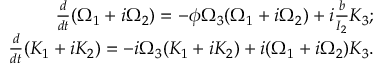
\begin{array} { r } { \frac { d } { d t } ( \Omega _ { 1 } + i \Omega _ { 2 } ) = - \phi \Omega _ { 3 } ( \Omega _ { 1 } + i \Omega _ { 2 } ) + i \frac { b } { I _ { 2 } } K _ { 3 } ; } \\ { \frac { d } { d t } ( K _ { 1 } + i K _ { 2 } ) = - i \Omega _ { 3 } ( K _ { 1 } + i K _ { 2 } ) + i ( \Omega _ { 1 } + i \Omega _ { 2 } ) K _ { 3 } . } \end{array}